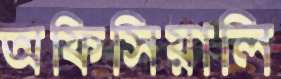
অফিসিয়ালি